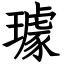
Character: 璩